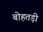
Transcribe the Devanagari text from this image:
बोहतड़ी